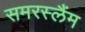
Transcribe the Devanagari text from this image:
समरस्लैंम